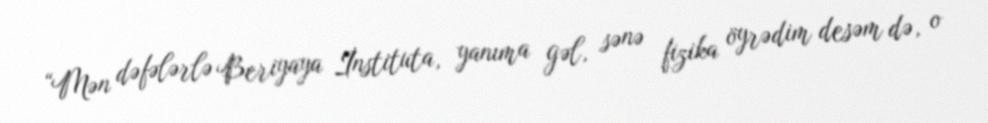
“Mən dəfələrlə Beriyaya İnstituta, yanıma gəl, sənə fizika öyrədim desəm də, o